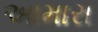
આમારા